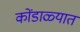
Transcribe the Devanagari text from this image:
कोंडाळ्यात